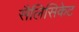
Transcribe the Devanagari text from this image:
सैलिसिकेट